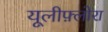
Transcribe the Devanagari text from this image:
यूलीफ़्लोरा